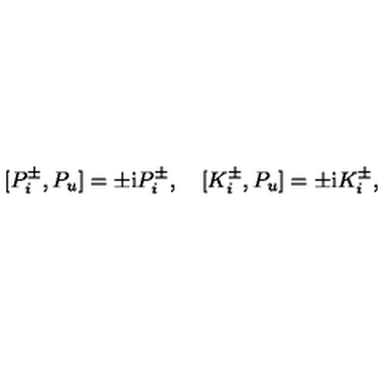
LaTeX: { } [ P _ { i } ^ { \pm } , P _ { u } ] = \pm \mathrm { i } P _ { i } ^ { \pm } , \quad { } [ K _ { i } ^ { \pm } , P _ { u } ] = \pm \mathrm { i } K _ { i } ^ { \pm } ,